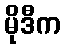
မိုဒီက